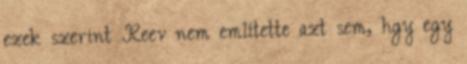
ezek szerint Reev nem említette azt sem, hgy egy